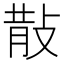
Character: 𭣹